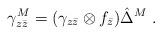
LaTeX: \begin{align*} \gamma^M_{z\bar z} = (\gamma_{z\bar z}\otimes f_{\bar z}) \hat\Delta^M\;.\end{align*}